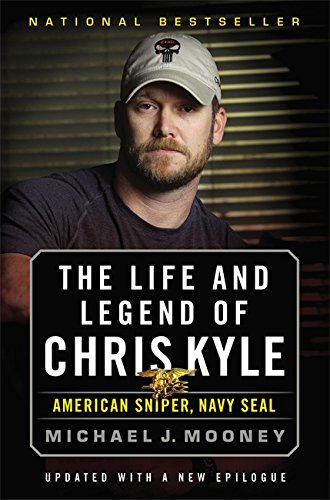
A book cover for The Life and Legend of Chris Kyle: American Sniper, Navy SEAL; Michael J. Mooney; History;